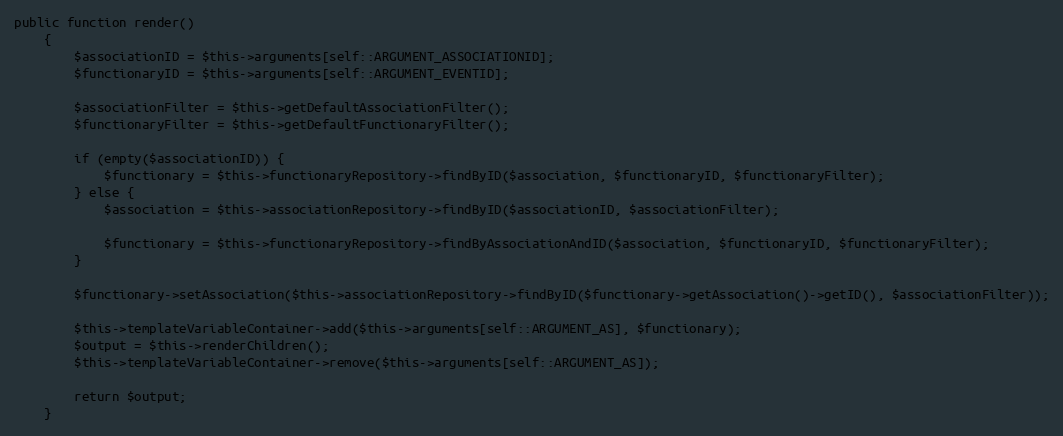
Language: PHP
public function render()
    {
        $associationID = $this->arguments[self::ARGUMENT_ASSOCIATIONID];
        $functionaryID = $this->arguments[self::ARGUMENT_EVENTID];

        $associationFilter = $this->getDefaultAssociationFilter();
        $functionaryFilter = $this->getDefaultFunctionaryFilter();

        if (empty($associationID)) {
            $functionary = $this->functionaryRepository->findByID($association, $functionaryID, $functionaryFilter);
        } else {
            $association = $this->associationRepository->findByID($associationID, $associationFilter);

            $functionary = $this->functionaryRepository->findByAssociationAndID($association, $functionaryID, $functionaryFilter);
        }

        $functionary->setAssociation($this->associationRepository->findByID($functionary->getAssociation()->getID(), $associationFilter));

        $this->templateVariableContainer->add($this->arguments[self::ARGUMENT_AS], $functionary);
        $output = $this->renderChildren();
        $this->templateVariableContainer->remove($this->arguments[self::ARGUMENT_AS]);

        return $output;
    }